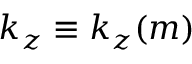
k _ { z } \equiv k _ { z } ( m )